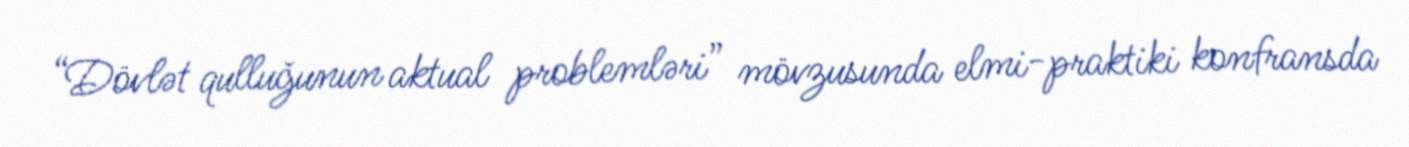
“Dövlət qulluğunun aktual problemləri” mövzusunda elmi-praktiki konfransda